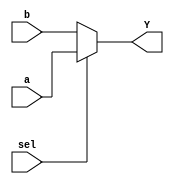
// 2:1 Mux using behavioral modeling

module behavioral_mux(input a, b, sel, output reg Y);
  always @ ( * ) begin
    if (sel)
      Y = a;
    else
      Y = b;
  end
endmodule